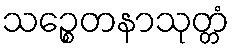
သဉ္စေတနာသုတ္တံ